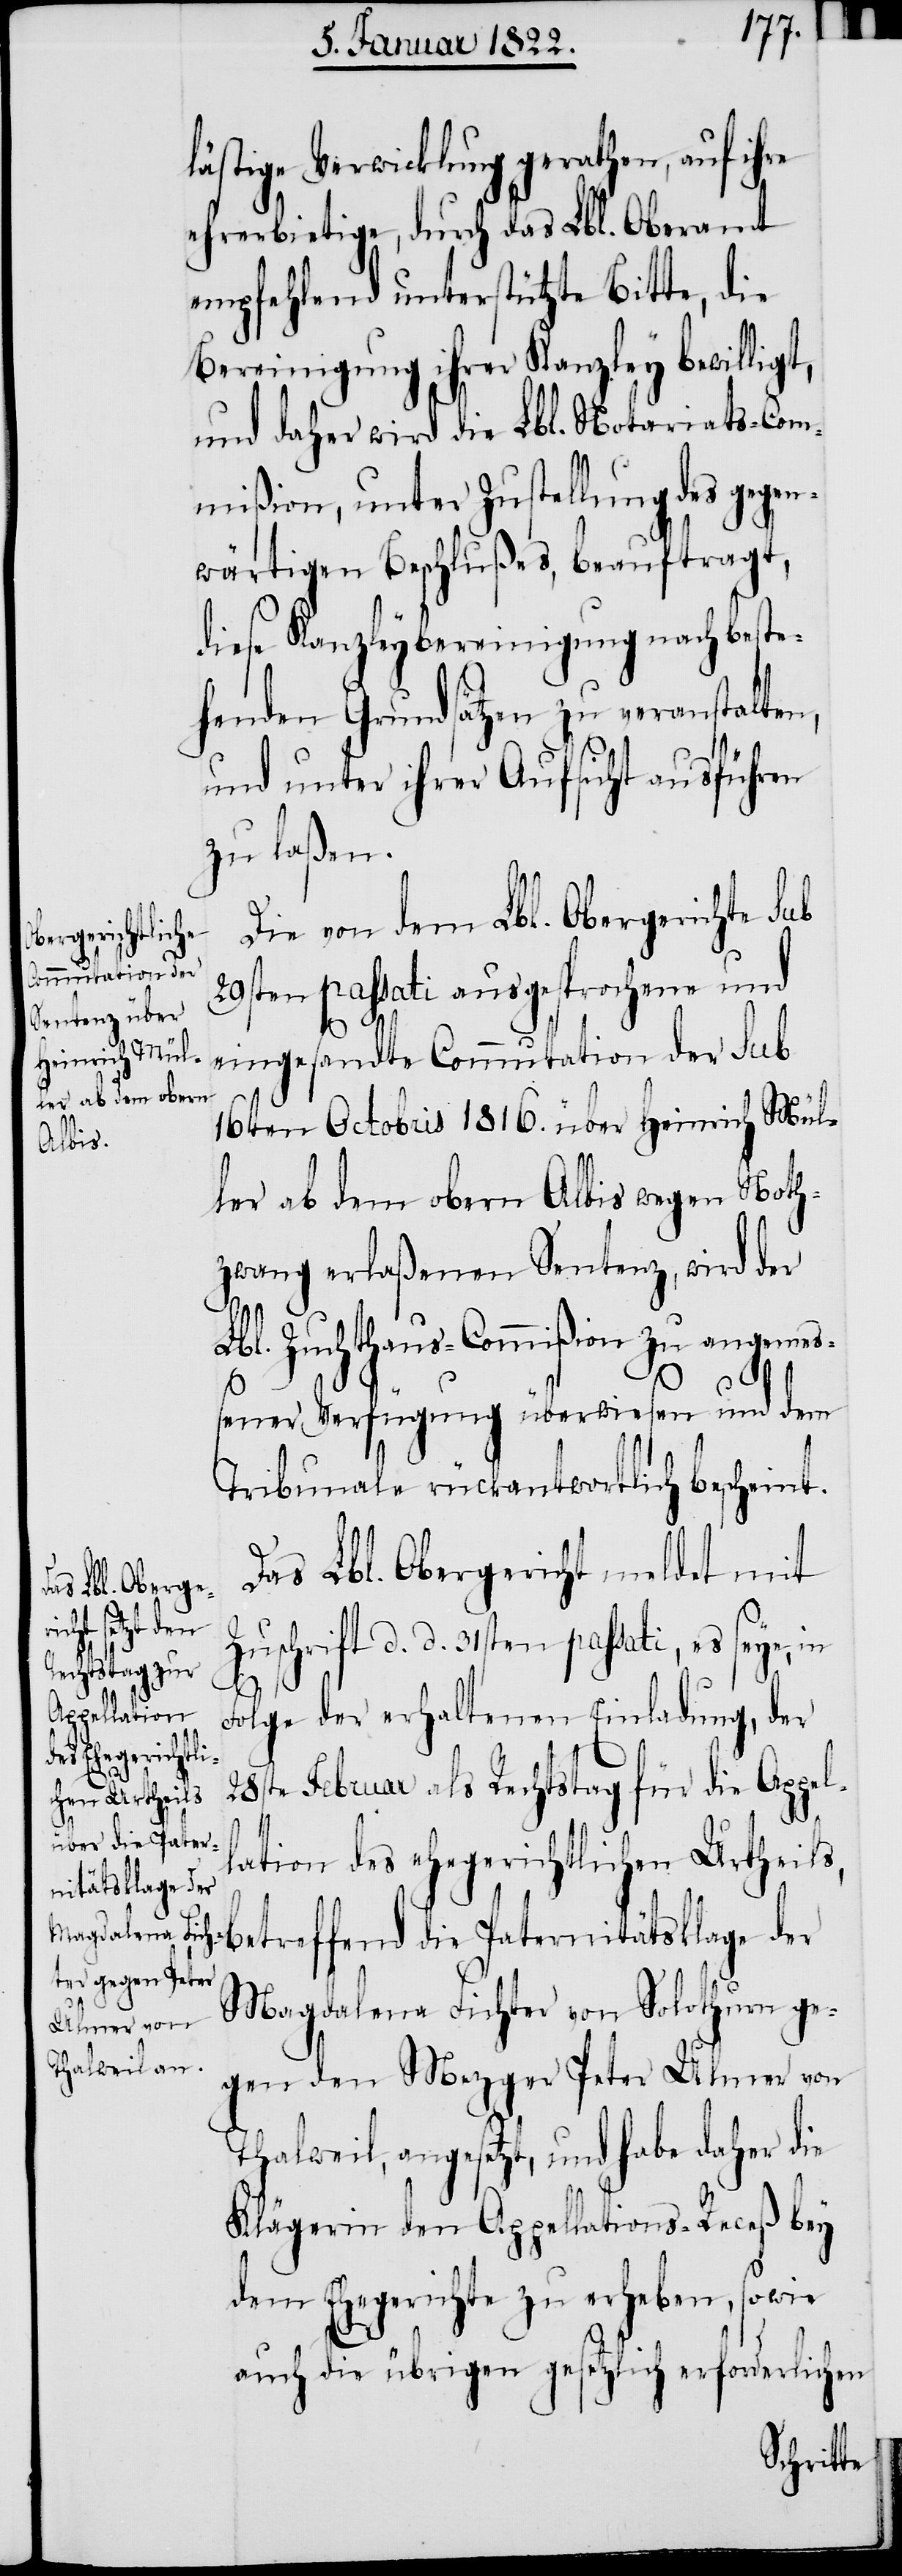
Z¬

lästige Verwicklung gerathen, auf ihre
ehrerbietige, durch das Lbl. Oberamt
empfehlend unterstützte Bitte, die
Bereinigung ihrer Kanzley bewilligt,
und daher wird die Lbl. Notariats-Com¬
mißion, unter Zustellung des gegen¬
wärtigen Beschlußes, beauftragt,
diese Kanzleybereinigung nach beste¬
henden Grundsätzen zu veranstalten,
und unter ihrer Aufsicht ausführen
zu laßen.
Die von dem Lbl. Obergerichte sub
29sten passati ausgesprochene und
eingesandte Commutation der sub
16ten Octobris 1816. über Heinrich Mül¬
ler ab dem obern Albis wegen Noth¬
zwang erlaßenen Sentenz, wird der
Lbl. Zuchthaus-Commißion zu angemeß¬
ener Verfügung überwiesen und dem
Tribunale rückantwortlich bescheint.
Das Lbl. Obergericht meldet mit
uschrift d. d. 31sten passati, es seye,
Folge der erhaltenen Einladung, der
28ste Februar als Rechtstag für die Appel¬
lation des ehegerichtlichen Urtheils,
betreffend die Paternitätsklage der
Magdalena Fichter von Solothurn ge¬
gen den Mezger Peter Ulmer von
Thalweil, angesetzt, und habe daher die
Klägerin den Appellations-Receß bey
dem Ehegerichte zu erheben, sowie
auch die übrigen gesetzlich erforderlichen